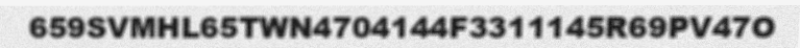
659SVMHL65TWN4704144F3311145R69PV47O